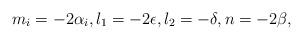
LaTeX: \begin{align*}m_{i}=-2\alpha_{i},l_{1}=-2\epsilon,l_{2}=-\delta,n=-2\beta, \end{align*}